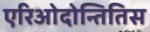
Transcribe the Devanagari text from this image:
एरिओदोन्तितिस